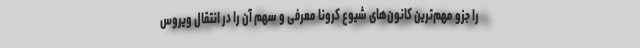
را جزو مهم‌ترین کانون‌های شیوع کرونا معرفی و سهم آن را در انتقال ویروس